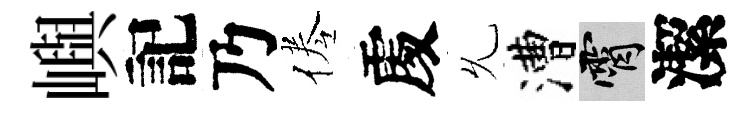
嶼記乃倦𠁅𠃔漕霄潔